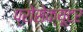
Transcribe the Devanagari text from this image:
प्रोसेक्यूटर